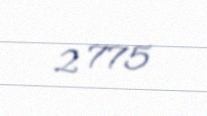
2 775